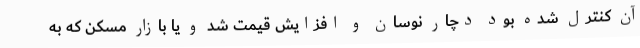
آن کنترل شده بود دچار نوسان و افزایش قیمت شد و یا بازار مسکن که به